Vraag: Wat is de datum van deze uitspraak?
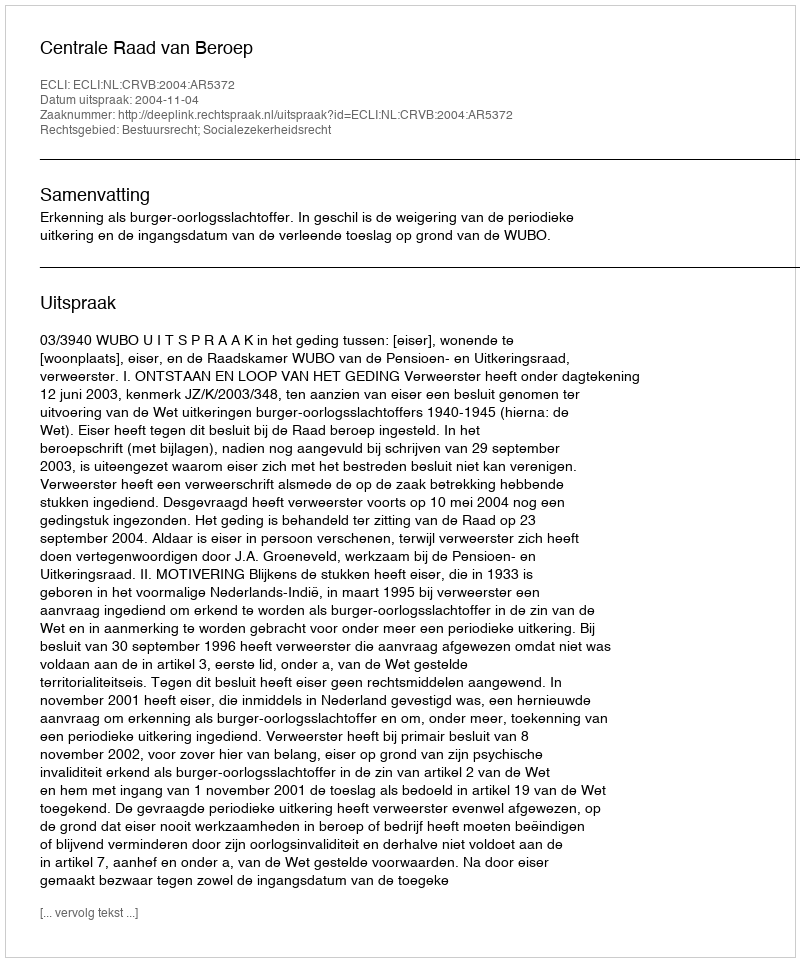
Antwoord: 2004-11-04